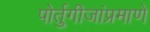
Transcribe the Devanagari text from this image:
पोर्तुगीजांप्रमाणे